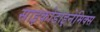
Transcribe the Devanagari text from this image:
साइकोडाइनेमिक्स